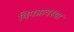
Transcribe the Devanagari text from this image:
विपन्नावस्था